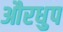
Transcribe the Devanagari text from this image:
औरधुप